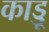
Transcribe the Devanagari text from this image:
काड्डू